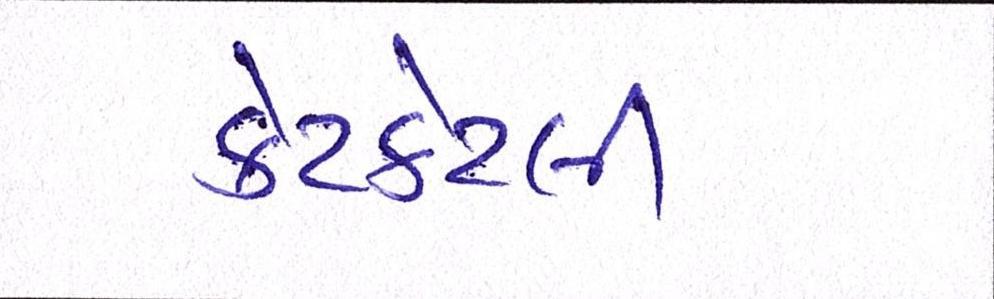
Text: કેટકેટલી